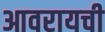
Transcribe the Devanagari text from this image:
आवरायची